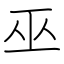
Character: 巫